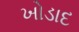
ખોડાદ